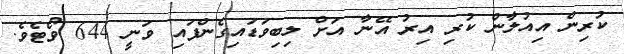
ކުރިން އިއުލާން ކުރި އިރު އޭނާ އަށް ލިބިވަޑައިގެންފައި ވަނީ 644 ވޯޓެވެ.